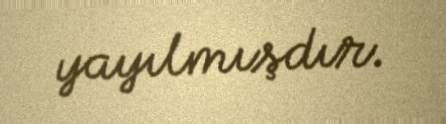
yayılmışdır.